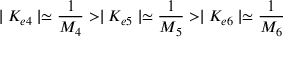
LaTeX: \mid K _ { e 4 } \mid \simeq \frac { 1 } { M _ { 4 } } > \mid K _ { e 5 } \mid \simeq \frac { 1 } { M _ { 5 } } > \mid K _ { e 6 } \mid \simeq \frac { 1 } { M _ { 6 } }